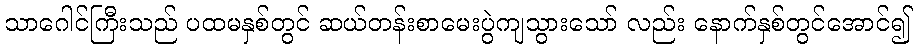
သာဂေါင်ကြီးသည် ပထမနှစ်တွင် ဆယ်တန်းစာမေးပွဲကျသွားသော် လည်း နောက်နှစ်တွင်အောင်၍